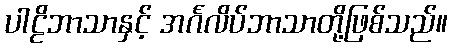
ပါဠိဘာသာနှင့် အင်္ဂလိပ်ဘာသာတို့ဖြစ်သည်။